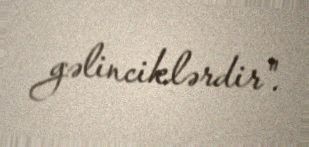
gəlinciklərdir".